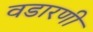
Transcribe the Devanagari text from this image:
वडारणी